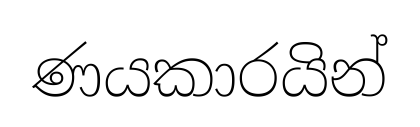
ණයකාරයින්